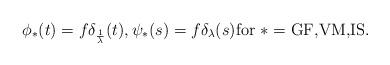
LaTeX: \begin{align*}\phi_*(t) = f \delta_{\frac{1}\lambda}(t), \psi_*(s) = f \delta_{\lambda}(s)\mbox{for~}*=\mbox{GF,VM,IS}.\end{align*}